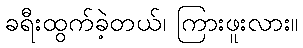
ခရီးထွက်ခဲ့တယ်၊ ကြားဖူးလား။